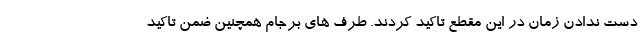
دست ندادن زمان در این مقطع تاکید کردند. طرف های برجام همچنین ضمن تاکید